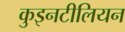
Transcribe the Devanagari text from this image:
कुइनटीलियन